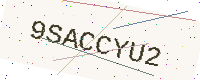
Text: 9SACCYU2